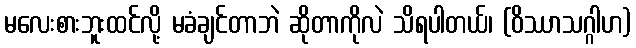
မလေးစားဘူးထင်လို့ မခံချင်တာဘဲ ဆိုတာကိုလဲ သိရပါတယ်၊ (ဝိဿာသဂ္ဂါဟ)